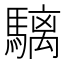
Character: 𩥬